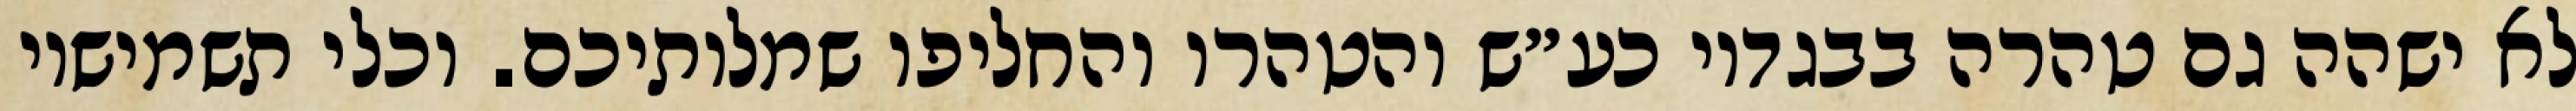
לא ישהה גם טהרה בבגדיו כע״ש והטהרו והחליפו שמלותיכם. וכלי תשמישיו